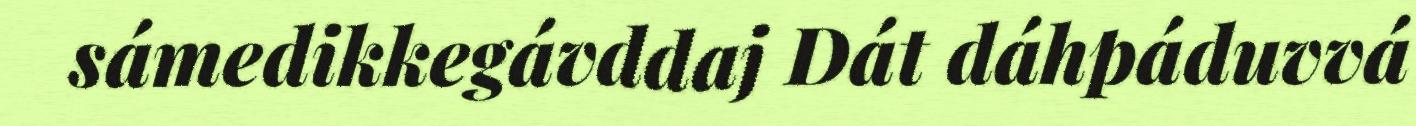
sámedikkegávddaj Dát dáhpáduvvá